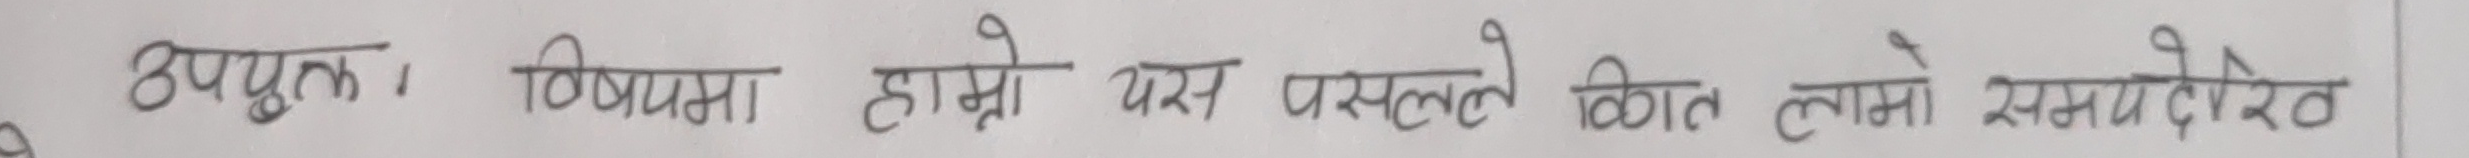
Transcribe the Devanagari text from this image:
उपयुक्त । विशेषता हाम्रा यस पस्लले विगत लामो समयदेखि